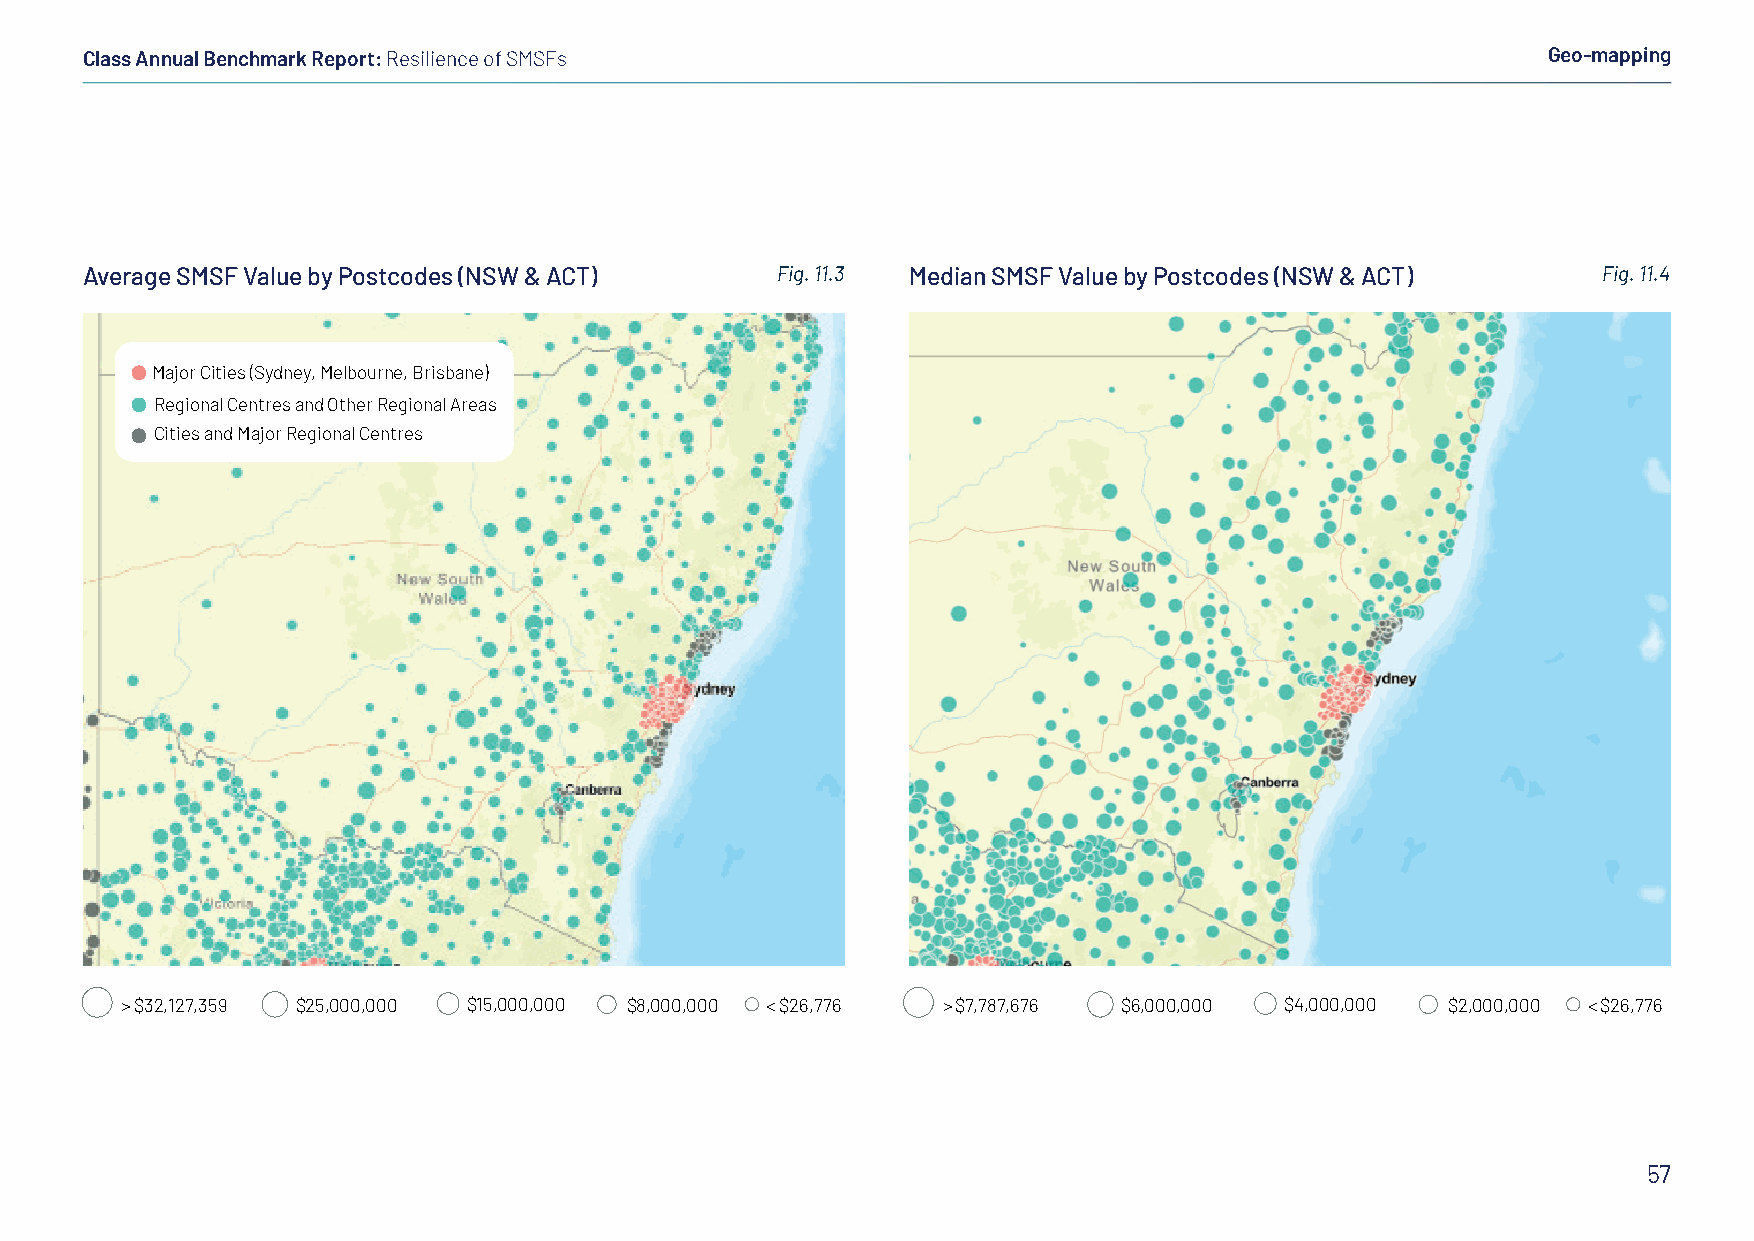
Class Annual Benchmark Report: Resilience of SMSFs                                               Geo-mapping
 Average SMSF Value by Postcodes (NSW & ACT)   Fig. 11.3 Median SMSF Value by Postcodes (NSW & ACT)   Fig. 11.4
 Major Cities (Sydney, Melbourne, Brisbane)
 Regional Centres and Other Regional Areas
 Cities and Major Regional Centres
 > $32,127,359 $25,000,000 $15,000,000 $8,000,000 < $26,776 > $7,787,676 $6,000,000 $4,000,000 $2,000,000 < $26,776
 57